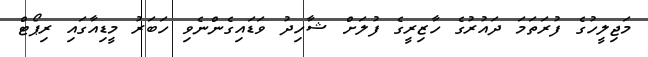
މަޖިލީހުގެ ފުރަތަމަ ދައުރުގެ ހާޒިރީގެ ފުލަށް ޝާހިދު ވަޑައިގެންނެވި ހަބަރު މީޑިއާގައި ރިޕޯޓް